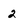
Character: 2